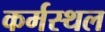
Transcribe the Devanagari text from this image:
कर्मस्थल